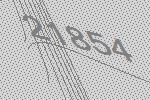
21854